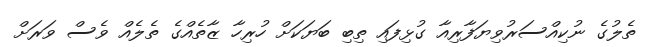
ތެލުގެ ނުކިއްސަރުވިޔަފާރިއާ ގުޅިފައި ތިބި ބަޔަކަށް ހުރިހާ ޒާތެއްގެ ތެލެއް ވެސް ވަރަށް